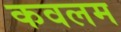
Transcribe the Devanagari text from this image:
कवलम